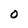
Character: 0